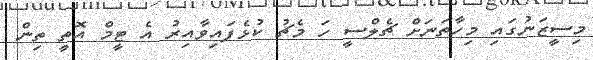
މިސީޒަނުގައި މިހާތަނަށް ޗެލްސީ ހަ މެޗު ކުޅެފައިވާއިރު އެ ޓީމް އޮތީ ތިން